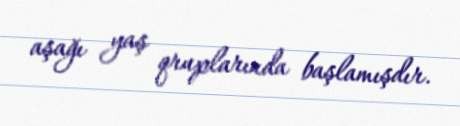
aşağı yaş qruplarında başlamışdır.